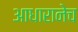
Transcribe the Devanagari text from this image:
आधारानेच